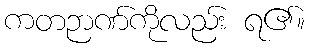
ကတဉာဏ်ကိုလည်း ရ၏။